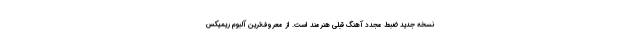
نسخه جدید ضبط مجدد آهنگ قبلی هنرمند است. از معروف‌ترین آلبوم ریمیکس